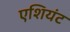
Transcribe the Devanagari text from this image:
एशियंट